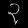
Digit: ၃